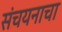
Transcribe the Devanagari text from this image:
संचयनाचा